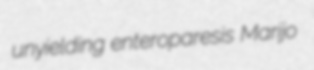
unyielding enteroparesis Marijo